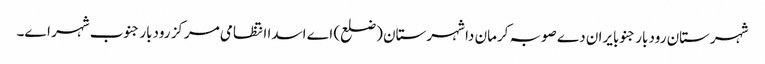
شہرستان رودبار جنوبایران دے صوبہ کرمان دا شہرستان (ضلع) اے اسدا انتظامی مرکز رودبار جنوب شہر اے۔